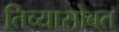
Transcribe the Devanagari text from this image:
तिच्यासोबत